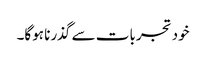
خود تجربات سے گذرنا ہوگا۔